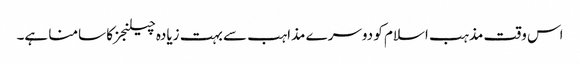
اس وقت مذہب اسلام کو دوسرے مذاہب سے بہت زیادہ چیلنجزکا سامنا ہے۔